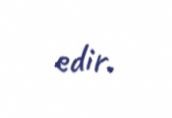
edir.